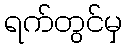
ရက်တွင်မှ